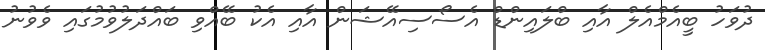
ދުވަހު ބީއެމްއެލް އާއި ބްލައިންޑް އެސޯސިއޭޝަން އާއި އެކު ބޭއްވި ބައްދަލުވުމުގައި ވެވުނު